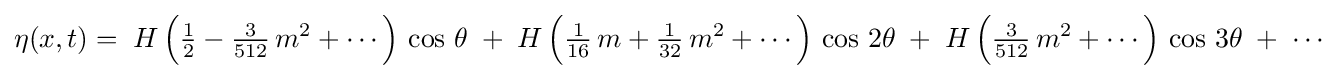
\eta (x,t)=\;H\,{\Bigl (}{\tfrac {1}{2}}-{\tfrac {3}{512}}\,m^{2}+\cdots {\Bigr )}\,\cos \,\theta \;+\;H\,{\Bigl (}{\tfrac {1}{16}}\,m+{\tfrac {1}{32}}\,m^{2}+\cdots {\Bigr )}\,\cos \,2\theta \;+\;H\,{\Bigl (}{\tfrac {3}{512}}\,m^{2}+\cdots {\Bigr )}\,\cos \,3\theta \;+\;\cdots